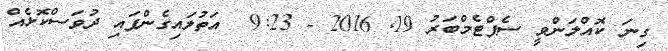
ގިނަ ކޮއްލަންވީ ސެޕްޓެމްބަރު 19